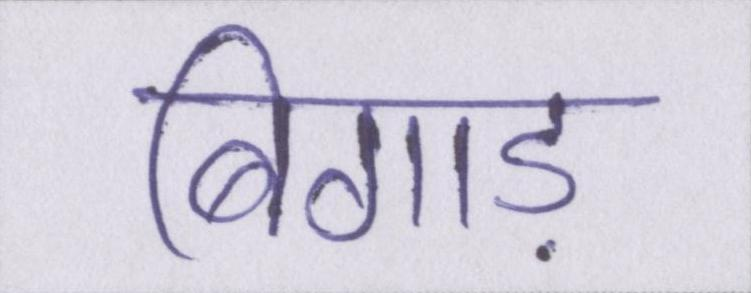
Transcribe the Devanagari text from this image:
बिगाड़